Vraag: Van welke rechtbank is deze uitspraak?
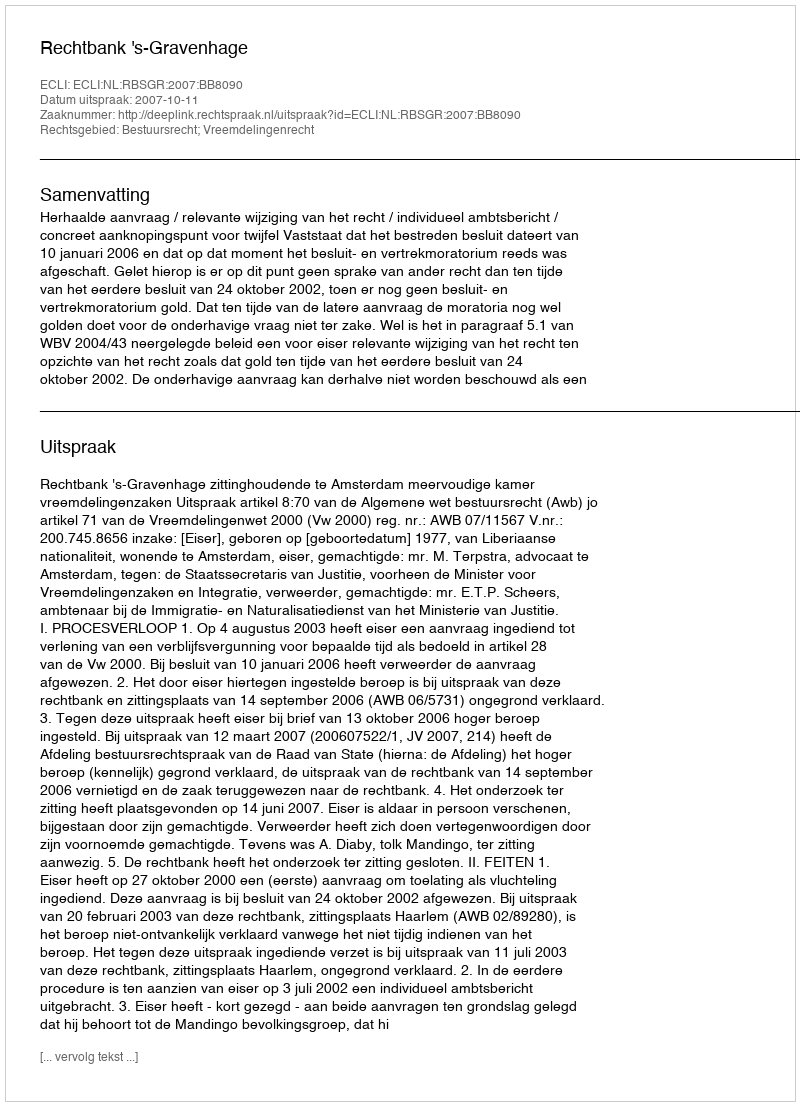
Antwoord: Rechtbank 's-Gravenhage